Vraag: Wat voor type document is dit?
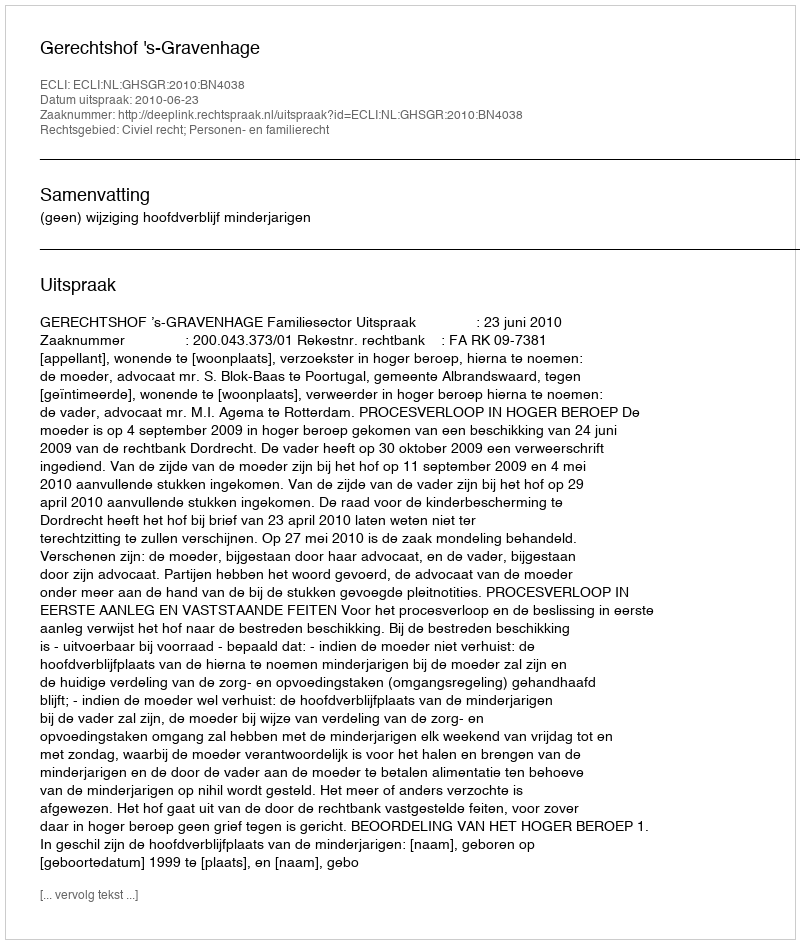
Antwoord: Uitspraak